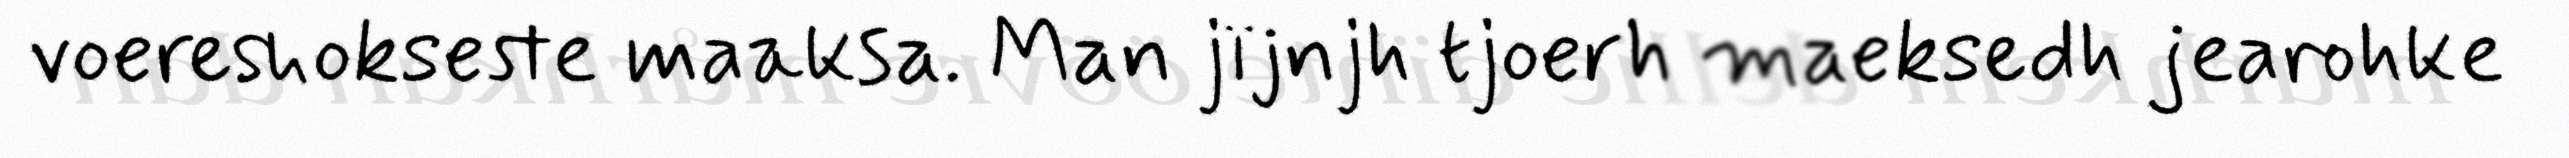
voereshokseste maaksa. Man jïjnjh tjoerh maeksedh jearohke